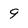
Character: 9